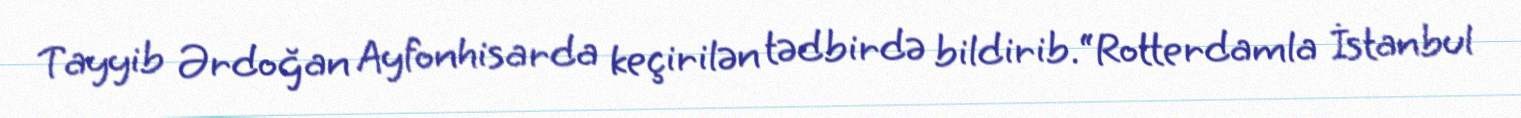
Tayyib Ərdoğan Ayfonhisarda keçirilən tədbirdə bildirib.“Rotterdamla İstanbul